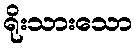
ရိုးသားသော